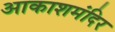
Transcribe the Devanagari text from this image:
आकाशमंदिर